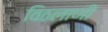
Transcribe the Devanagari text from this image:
विठलाणी